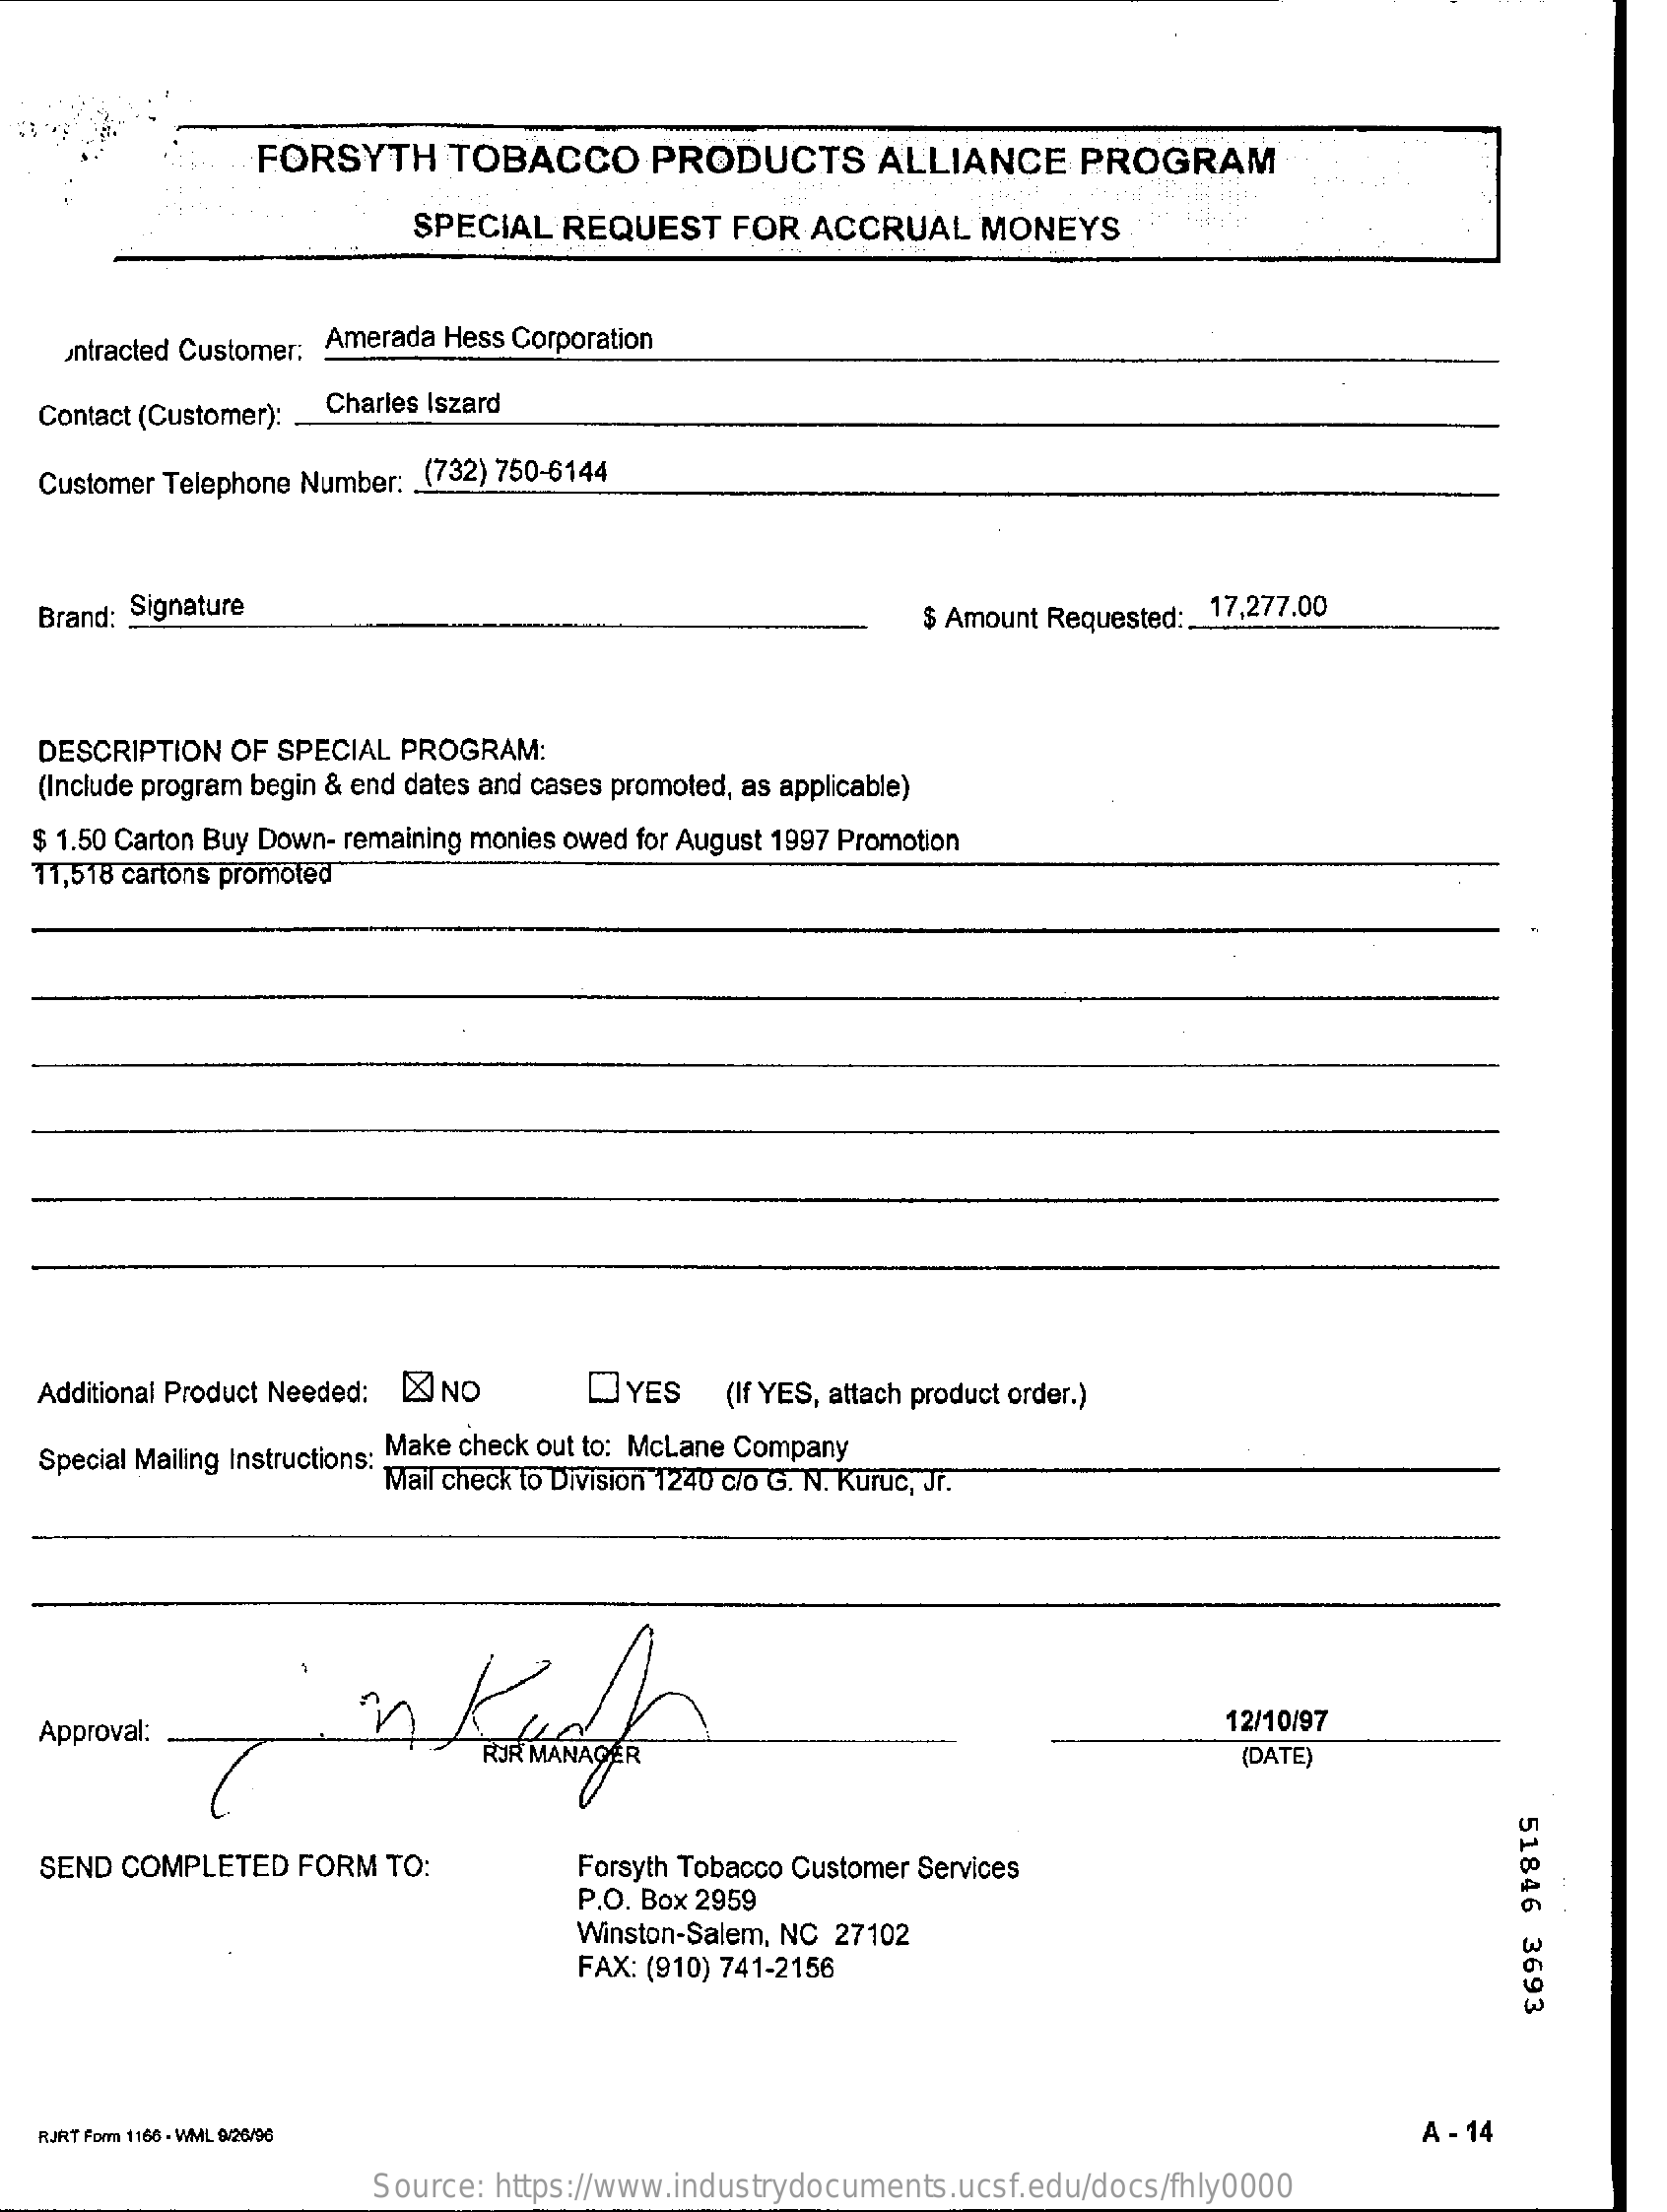
FORSYTH    TOBACCO    PRODUCTS    ALLIANCE   PROGRAM
     SPECIAL REQUEST   FOR ACCRUAL   MONEYS
    untracted Customer: Amerada Hess Corporation
  Contact (Customer): Charles Iszard
  Customer Telephone Number: (732) 750-6144
  Brand: Signature    $ Amount Requested :_ 17,277.00
  DESCRIPTION OF SPECIAL PROGRAM:
   (Include program begin & end dates and cases promoted, as applicable)
  $ 1.50 Carton Buy Down- remaining monies owed for August 1997 Promotion
  11,518 cartons promoted
  Additional Product Needed: [X] NO OYES (If YES, attach product order.)
   Special Mailing Instructions: Make check out to: McLane Company
     Mail check to Division 1240 c/o G. N. Kuruc, Jr.
  Approval:    12/10/97
     (DATE)
     51846
     3693
   SEND COMPLETED FORM TO:    Forsyth Tobacco Customer Services
     P.O. Box 2959
     Winston-Salem, NC 27102
     FAX: (910) 741-2156
  RJRT Form 1166 - WMIL 9/26/96    A - 14
     Source: https://www.industrydocuments.ucsf.edu/docs/fhly0000